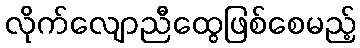
လိုက်လျောညီထွေဖြစ်စေမည့်